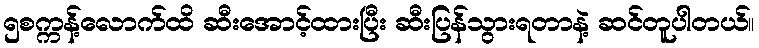
၅စက္ကန့်လောက်ထိ ဆီးအောင့်ထားပြီး ဆီးပြန်သွားရတာနဲ့ ဆင်တူပါတယ်။